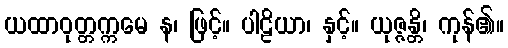
ယထာဝုတ္တက္ကမေ န၊ ဖြင့်။ ပါဠိယာ၊ နှင့်။ ယုဇ္ဇန္တိ၊ ကုန်၏။